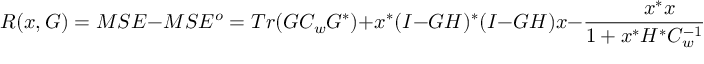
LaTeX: R ( x , G ) = M S E - M S E ^ { o } = T r ( G C _ { w } G ^ { * } ) + x ^ { * } ( I - G H ) ^ { * } ( I - G H ) x - { \frac { x ^ { * } x } { 1 + x ^ { * } H ^ { * } C _ { w } ^ { - 1 } H x } } .